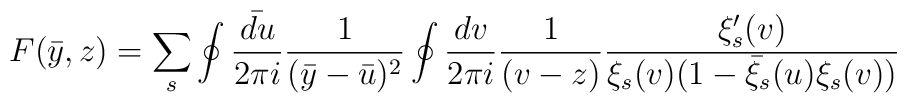
F(\bar{y},z) = \sum_{s} \oint\frac{\bar{du}}{2 \pi i} \frac{1}{(\bar{y} -\bar{u})^2} \oint \frac{dv}{2 \pi i}  \frac{1}{(v - z)}\frac{\xi_s'(v)}{\xi_s(v)(1 - \bar{\xi}_s(u)\xi_s(v))}